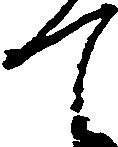
て